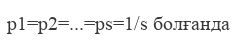
р1=р2=...=рs=1/s болғанда